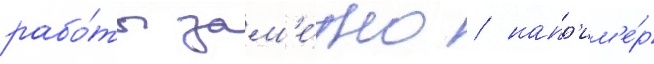
рабо́ты зам'е́тно / напр'им'е́р